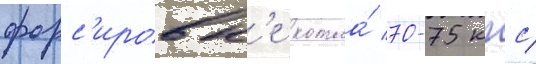
форс'ировк'е котла́ 70-75 кгс/